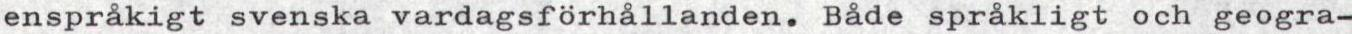
enspråkigt svenska vardagsförhållanden. Både språkligt och geogra-